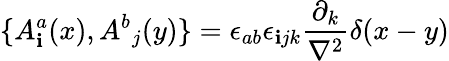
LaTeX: \{ {A_{\mathbf{i}}^{a}}(x),{A^{b}}_{j}(y)\} ={\epsilon_{ab}}{\epsilon_{\mathbf{i}jk}}{\frac{{\partial_{k}}}{{\mathbf{\nabla}^{2}}}}\delta(x-y)